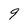
Character: 9